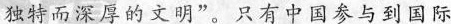
独特而深厚的文明”。只有中国参与到国际